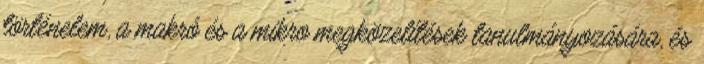
történelem, a makró és a mikro megközelítések tanulmányozására, és